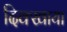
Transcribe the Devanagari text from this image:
दिक्खाया